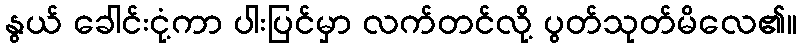
နွယ် ခေါင်းငုံ့ကာ ပါးပြင်မှာ လက်တင်လို့ ပွတ်သုတ်မိလေ၏။